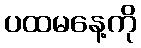
ပထမနေ့ကို